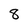
Character: 8